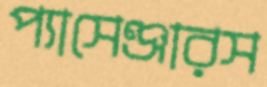
প্যাসেঞ্জারস